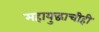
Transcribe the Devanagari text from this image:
महायुद्धाचीही